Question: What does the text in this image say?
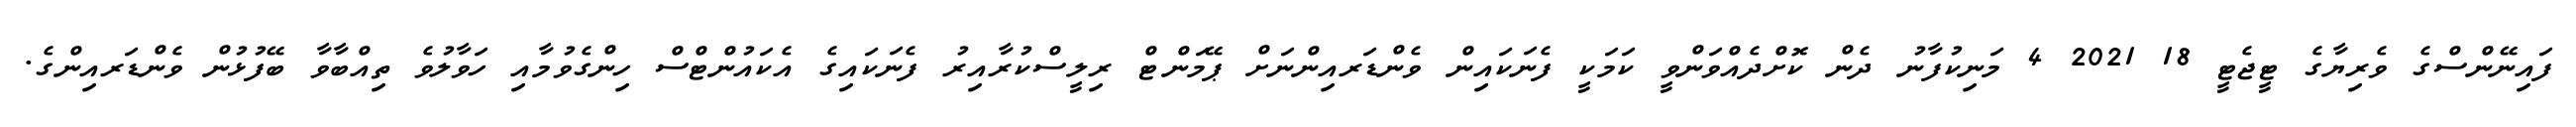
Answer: ފައިނޭންސްގެ ވެރިޔާގެ ޓީޖެޓީ 18 2021 4 މަނިކުފާނު ދެން ކޮށްދެއްވަންވީ ކަމަކީ ފެނަކައިން ވެންޑަރއިންނަށް ޕޭމަންޓް ރިލީސްކުރާއިރު ފެނަކައިގެ އެކައުންޓްސް ހިންގެވުމާއި ހަވާލުވެ ތިއްބާވާ ބޭފުޅުން ވެންޑަރއިންގެ.